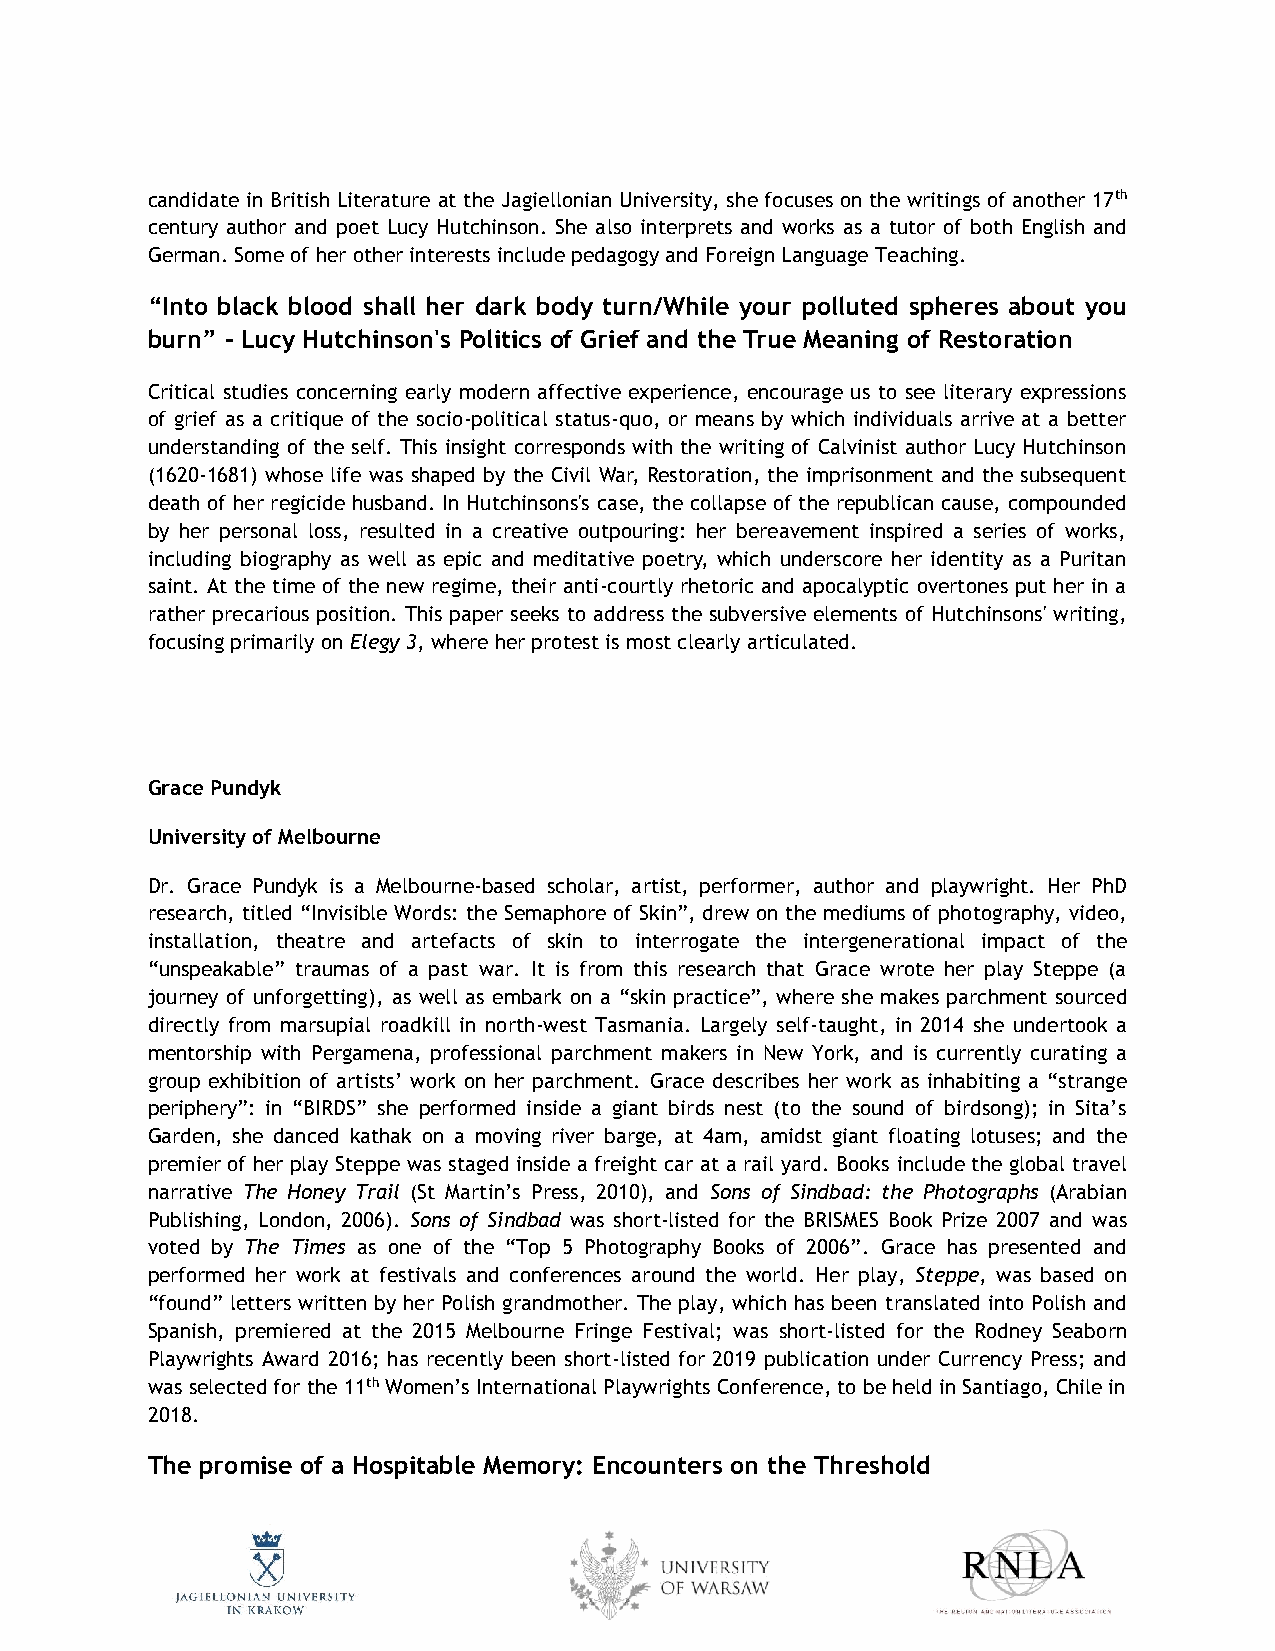
candidate in British Literature at the Jagiellonian University, she focuses on the writings of another 17th
 century author and poet Lucy Hutchinson. She also interprets and works as a tutor of both English and
 German. Some of her other interests include pedagogy and Foreign Language Teaching.
 “Into black blood shall her dark body turn/While your polluted spheres about you
 burn” – Lucy Hutchinson's Politics of Grief and the True Meaning of Restoration
 Critical studies concerning early modern affective experience, encourage us to see literary expressions
 of grief as a critique of the socio-political status-quo, or means by which individuals arrive at a better
 understanding of the self. This insight corresponds with the writing of Calvinist author Lucy Hutchinson
 (1620-1681) whose life was shaped by the Civil War, Restoration, the imprisonment and the subsequent
 death of her regicide husband. In Hutchinsons's case, the collapse of the republican cause, compounded
 by her personal loss, resulted in a creative outpouring: her bereavement inspired a series of works,
 including biography as well as epic and meditative poetry, which underscore her identity as a Puritan
 saint. At the time of the new regime, their anti-courtly rhetoric and apocalyptic overtones put her in a
 rather precarious position. This paper seeks to address the subversive elements of Hutchinsons' writing,
 focusing primarily on Elegy 3, where her protest is most clearly articulated.
 Grace Pundyk
 University of Melbourne
 Dr. Grace Pundyk is a Melbourne-based scholar, artist, performer, author and playwright. Her PhD
 research, titled “Invisible Words: the Semaphore of Skin”, drew on the mediums of photography, video,
 installation, theatre and artefacts of skin to interrogate the intergenerational impact of the
 “unspeakable” traumas of a past war. It is from this research that Grace wrote her play Steppe (a
 journey of unforgetting), as well as embark on a “skin practice”, where she makes parchment sourced
 directly from marsupial roadkill in north-west Tasmania. Largely self-taught, in 2014 she undertook a
 mentorship with Pergamena, professional parchment makers in New York, and is currently curating a
 group exhibition of artists’ work on her parchment. Grace describes her work as inhabiting a “strange
 periphery”: in “BIRDS” she performed inside a giant birds nest (to the sound of birdsong); in Sita’s
 Garden, she danced kathak on a moving river barge, at 4am, amidst giant floating lotuses; and the
 premier of her play Steppe was staged inside a freight car at a rail yard. Books include the global travel
 narrative The Honey Trail (St Martin’s Press, 2010), and Sons of Sindbad: the Photographs (Arabian
 Publishing, London, 2006). Sons of Sindbad was short-listed for the BRISMES Book Prize 2007 and was
 voted by The Times as one of the “Top 5 Photography Books of 2006”. Grace has presented and
 performed her work at festivals and conferences around the world. Her play, Steppe, was based on
 “found” letters written by her Polish grandmother. The play, which has been translated into Polish and
 Spanish, premiered at the 2015 Melbourne Fringe Festival; was short-listed for the Rodney Seaborn
 Playwrights Award 2016; has recently been short-listed for 2019 publication under Currency Press; and
 was selected for the 11th Women’s International Playwrights Conference, to be held in Santiago, Chile in
 2018.
 The promise of a Hospitable Memory: Encounters on the Threshold